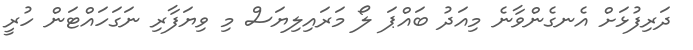
ދަރިފުޅަށް އެނގެންވާނެ މިއަދު ބައްޕަ ލޯ މަރައިލިޔަސް މި ވިޔަފާރި ނަގަހައްޓަން ހުރީ